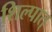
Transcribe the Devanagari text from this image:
शिल्पात्